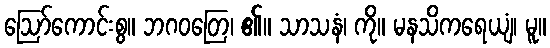
ဩော်ကောင်းစွ။ ဘဂဝတြေ၊ ၏။ သာသနံ၊ ကို။ မနသိကရေယျံ၊ မူ။